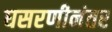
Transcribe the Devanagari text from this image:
घसरणीनंतर